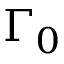
\Gamma _ { 0 }